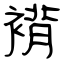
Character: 褙